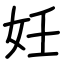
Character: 妊